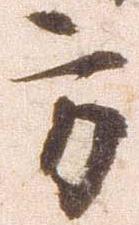
方